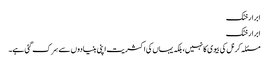
ابرارخٹک
ابرار خٹک
مسئلہ کرنل کی بیوی کا نہیں،بلکہ یہاں کی اکثریت اپنی بنیادو ں سے سِرک گئی ہے۔